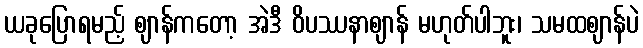
ယခုပြောရမည့် ဈာန်ကတော့ အဲဒီ ဝိပဿနာဈာန် မဟုတ်ပါဘူး၊ သမထဈာန်ပဲ